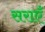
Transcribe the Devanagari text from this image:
सराएँ